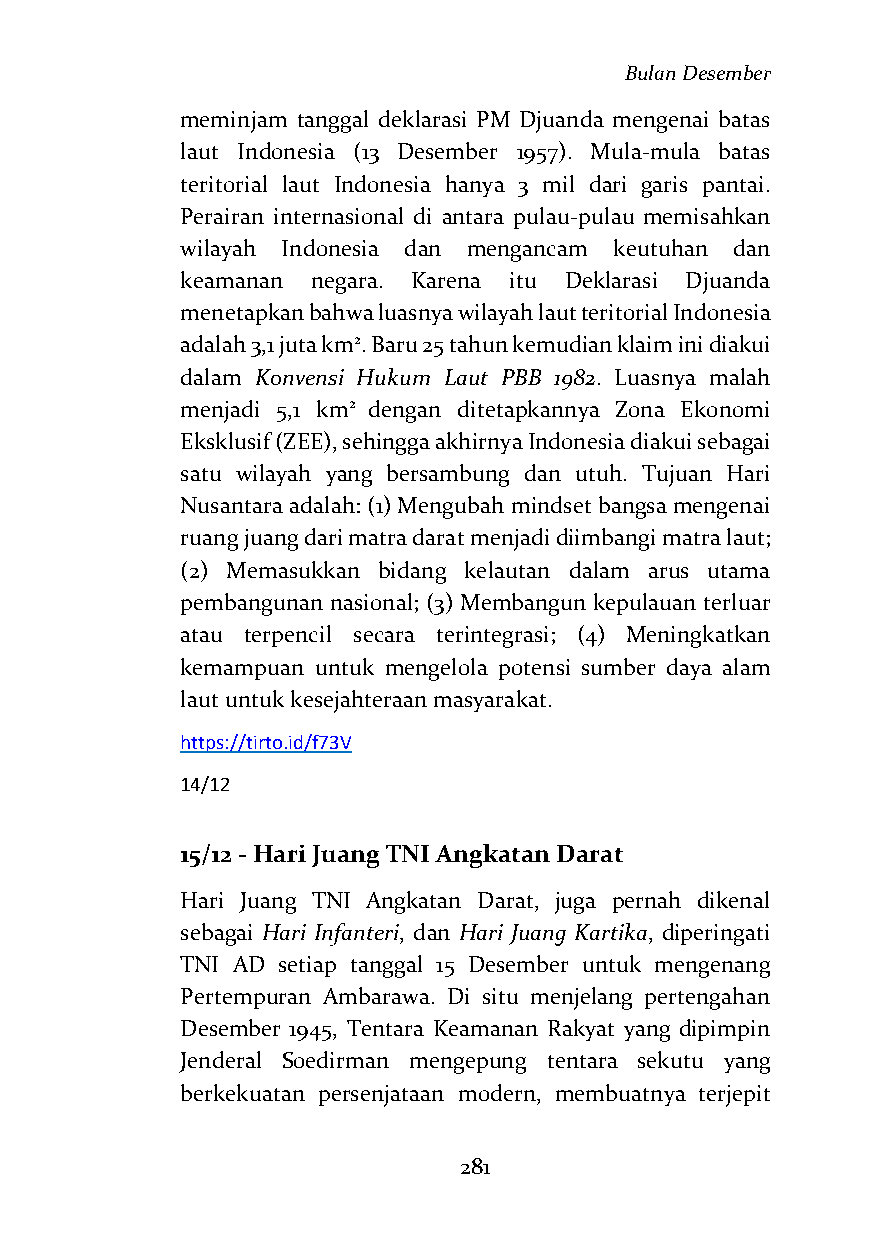
Bulan Desember
 meminjam tanggal deklarasi PM Djuanda mengenai batas
 laut Indonesia (13 Desember 1957). Mula-mula batas
 teritorial laut Indonesia hanya 3 mil dari garis pantai.
 Perairan internasional di antara pulau-pulau memisahkan
 wilayah Indonesia dan mengancam keutuhan dan
 keamanan negara. Karena itu Deklarasi Djuanda
 menetapkan bahwa luasnya wilayah laut teritorial Indonesia
 adalah 3,1 juta km2. Baru 25 tahun kemudian klaim ini diakui
 dalam Konvensi Hukum Laut PBB 1982. Luasnya malah
 menjadi 5,1 km2 dengan ditetapkannya Zona Ekonomi
 Eksklusif (ZEE), sehingga akhirnya Indonesia diakui sebagai
 satu wilayah yang bersambung dan utuh. Tujuan Hari
 Nusantara adalah: (1) Mengubah mindset bangsa mengenai
 ruang juang dari matra darat menjadi diimbangi matra laut;
 (2) Memasukkan bidang kelautan dalam arus utama
 pembangunan nasional; (3) Membangun kepulauan terluar
 atau terpencil secara terintegrasi; (4) Meningkatkan
 kemampuan untuk mengelola potensi sumber daya alam
 laut untuk kesejahteraan masyarakat.
 https://tirto.id/f73V
 14/12
 15/12 - Hari Juang TNI Angkatan Darat
 Hari Juang TNI Angkatan Darat, juga pernah dikenal
 sebagai Hari Infanteri, dan Hari Juang Kartika, diperingati
 TNI AD setiap tanggal 15 Desember untuk mengenang
 Pertempuran Ambarawa. Di situ menjelang pertengahan
 Desember 1945, Tentara Keamanan Rakyat yang dipimpin
 Jenderal Soedirman mengepung tentara sekutu yang
 berkekuatan persenjataan modern, membuatnya terjepit
 281